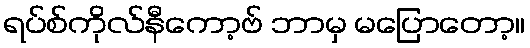
ရပ်စ်ကိုလ်နီကော့ဗ် ဘာမှ မပြောတော့။